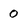
Character: 0